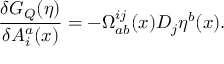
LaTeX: \frac { \delta G _ { Q } ( \eta ) } { \delta A _ { i } ^ { a } ( x ) } = - \Omega _ { a b } ^ { i j } ( x ) D _ { j } \eta ^ { b } ( x ) .